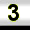
Digit: 3